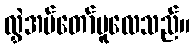
လွှဲအပ်တော်မူလေသည်။